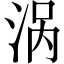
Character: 涡